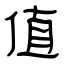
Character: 值